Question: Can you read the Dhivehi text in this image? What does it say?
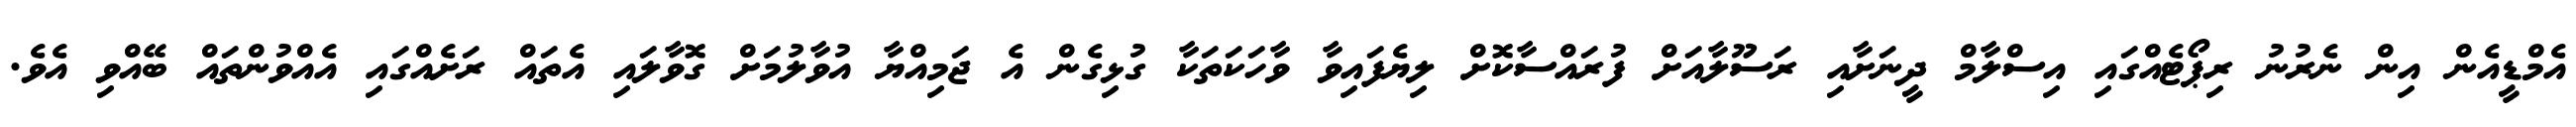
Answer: އެމްޑީއެން އިން ނެރުނު ރިޕޯޓެއްގައި އިސްލާމް ދީނަށާއި ރަސޫލާއަށް ފުރައްސާކޮށް ލިޔެފައިވާ ވާހަކަތަކާ ގުޅިގެން އެ ޖަމިއްޔާ އުވާލުމަށް ގޮވާލައި އެތައް ރަށެއްގައި އެއްވުންތައް ބޭއްވި އެވެ.